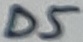
Text: D5